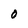
Character: 0